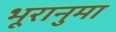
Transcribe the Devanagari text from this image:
भूरानुमा